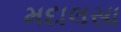
મદાલસા